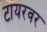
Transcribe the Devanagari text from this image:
टायरवर